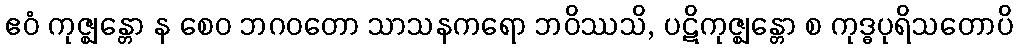
ဧဝံ ကုဇ္ဈန္တော န စေဝ ဘဂဝတော သာသနကရော ဘဝိဿသိ, ပဋိကုဇ္ဈန္တော စ ကုဒ္ဓပုရိသတောပိ